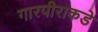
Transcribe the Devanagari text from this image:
गारपीराकडे